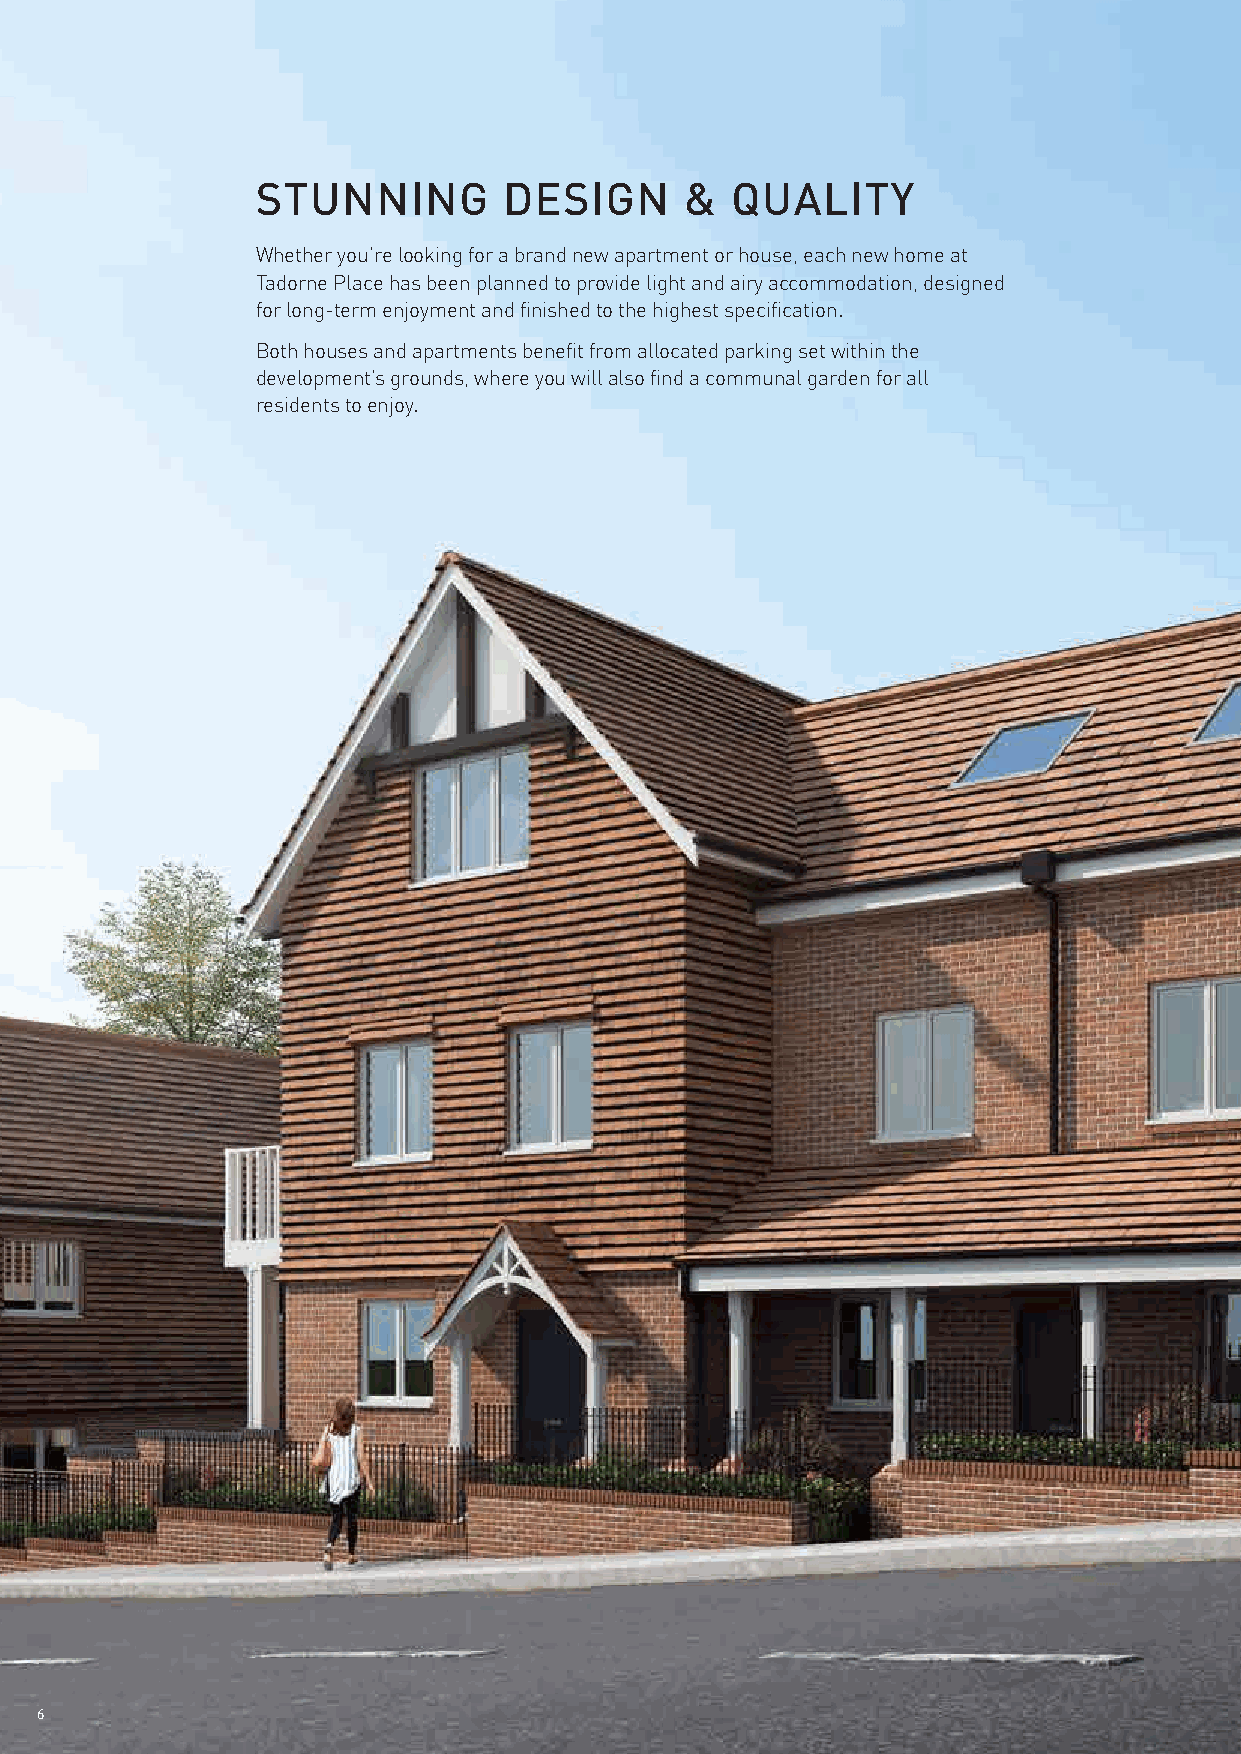
STUNNING        DESIGN      &  QUALITY
 Whether you're looking for a brand new apartment or house, each new home at
 Tadorne Place has been planned to provide light and airy accommodation, designed
 for long-term enjoyment and finished to the highest specification.
 Both houses and apartments benefit from allocated parking set within the
 development’s grounds, where you will also find a communal garden for all
 residents to enjoy.
 6